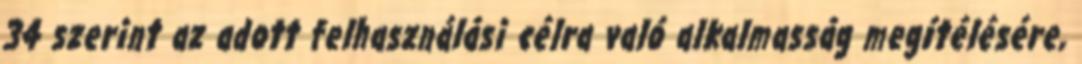
34 szerint az adott felhasználási célra való alkalmasság megítélésére,